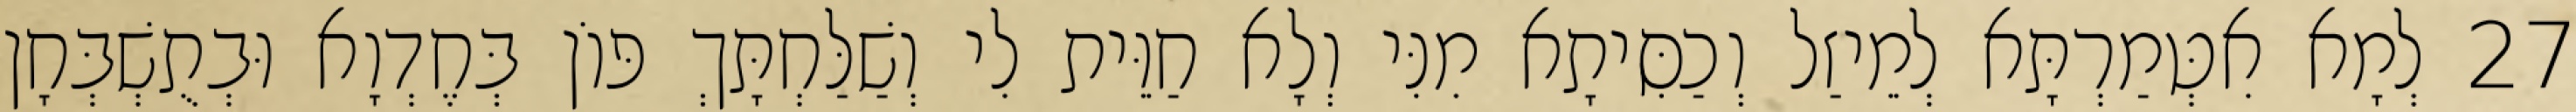
27 לְמָא אִטְּמַרְתָּא לְמֵיזַל וְכַסִּיתָא מִנִּי וְלָא חַוֵּית לִי וְשַׁלַּחְתָּךְ פּוֹן בְּחֶדְוָא וּבְתֻשְׁבְּחָן